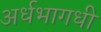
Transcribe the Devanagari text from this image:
अर्धभागधी